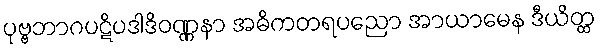
ပုဗ္ဗဘာဂပဋိပဒါဒိဝဏ္ဏနာ အဓိကတရပညော အာယာမေန ဒီယိတ္ထ